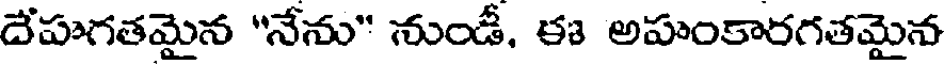
దేహగతమైన "నేను" నుండీ, ఈ అహంకారగతమైన